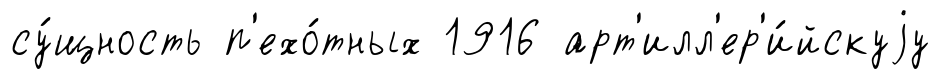
су́щность п'ехо́тных 1916 арт'илл'ер'и́йскуjу